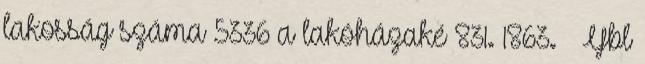
lakosság száma 5336 a lakóházaké 831. 1863. – Ybl